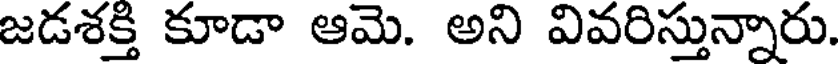
జడశక్తి కూడా ఆమె. అని వివరిస్తున్నారు.